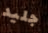
جليد